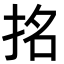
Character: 𭠬